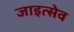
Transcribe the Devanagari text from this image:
जाइत्सेव